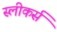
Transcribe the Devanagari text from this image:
स्लीकर्स